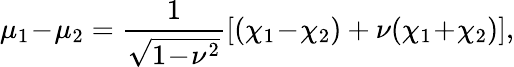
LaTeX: \mu_{1}\! -\! \mu_{2}=\frac{1}{\sqrt{1\! -\! \nu^{2}}}\left[(\chi_{1}\! -\! \chi_{2})+\nu(\chi_{1}\! +\! \chi_{2})\right],